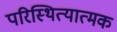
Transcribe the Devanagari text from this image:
परिस्थित्यात्मक